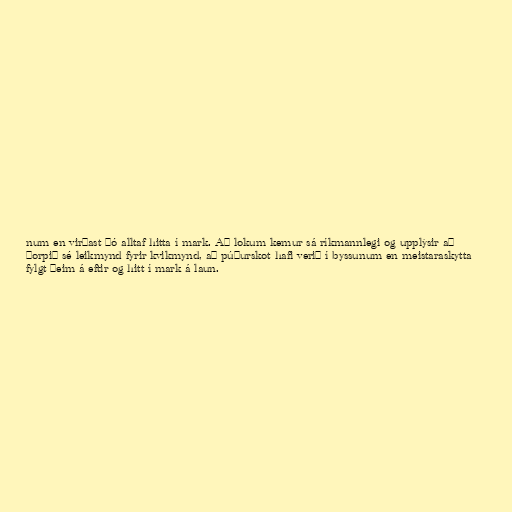
num en virðast þó alltaf hitta í mark. Að lokum kemur sá ríkmannlegi og upplýsir að
þorpið sé leikmynd fyrir kvikmynd, að púðurskot hafi verið í byssunum en meistaraskytta
fylgt þeim á eftir og hitt í mark á laun.